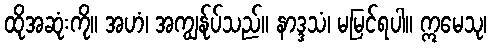
ထိုအဆုံးကို။ အဟံ၊ အကျွန်ုပ်သည်။ နာဒ္ဒသံ၊ မမြင်ရပါ။ ဣမေသု၊